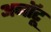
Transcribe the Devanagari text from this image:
अनॉटू